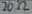
Text: 20Ω